Vaccination in Bombay 1924-1928 - 1924-1928
Year: 1924
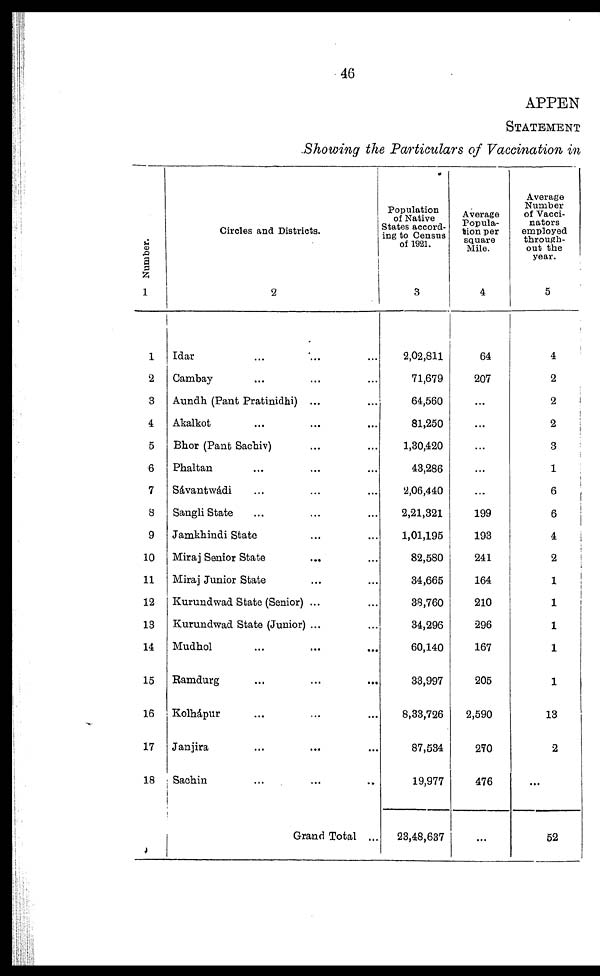
46
APPEN
STATEMENT
Showing the Particulars of Vaccination in
Number.
1
1
2
3
4
5
6
7
8
9
10
11
12
13
14
15
16
17
18
Circles and Districts.
2
Idar ... ... ...
Cambay ... ... ...
Aundh (Pant Pratinidhi) ... ...
Ákalkot ... ... ...
Bhor (Pant Sachiv) ... ...
Phaltan ... ... ...
Sávantwádi ... ... ...
Sangli State ... ... ...
Jamkhindi State ... ... ...
Miraj Senior State ... ...
Miraj Junior State ... ...
Kurundwad State (Senior) ... ...
Kurundwad State (Junior) ... ...
Mudhol ... ... ...
Ramdurg ... ... ...
Kolhápur ... ... ...
Janjira ... ... ...
Sachìn ... ... ...
Grand Total ...
Population
of Native
States accord-
ing to Census
of 1921.
3
2,02,811
71,679
64,560
81,250
1,30,420
43,286
2,06,440
2,21,321
1,01,195
82,580
34,665
38,760
34,296
60,140
33,997
8,33,726
87,534
19,977
23,48,637
Average
Popula-
tion per
square
Mile.
4
64
207
...
...
...
...
...
199
193
241
164
210
296
167
205
2,590
270
476
...
Average
Number
of Vacci¬
nators
employed
through-
out the
year.
5
4
2
2
2
3
1
6
6
4
2
1
1
1
1
1
13
2
...
52